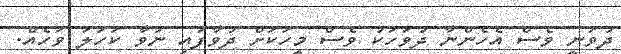
ދުވަނީ ވެސް އެހެންނާ ދުވަހަކު ވެސް މީހަކަށް ދުވާފައި ނުވާ ކަހަލަ ވަހެއް.